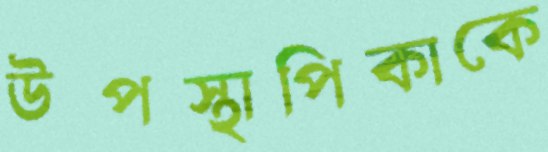
উপস্থাপিকাকে